Insane asylums in Bengal annual reports 1876-1887 - 1876-1887
Year: 1876
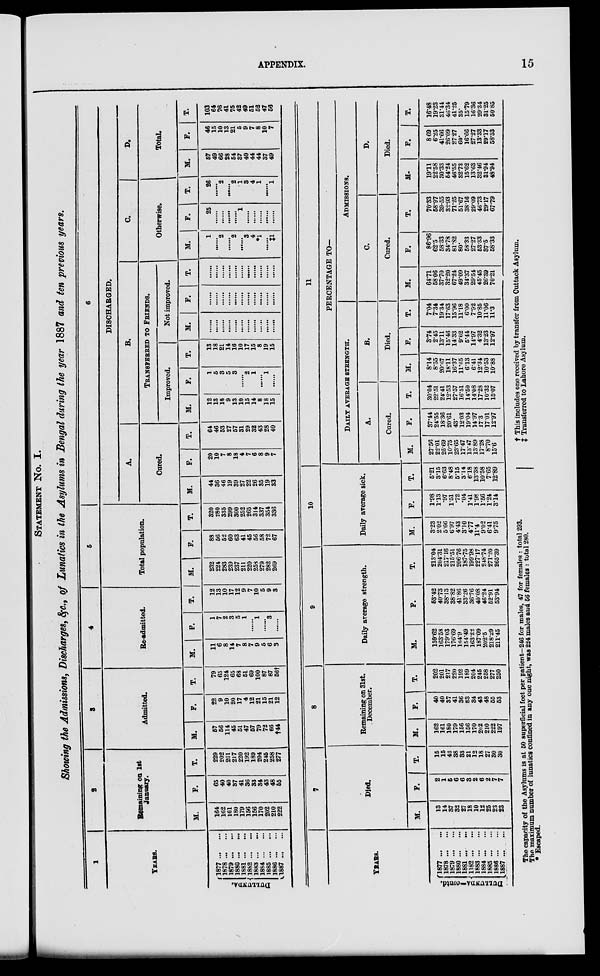
APPENDIX.
15
STATEMENT No. I.
Showing the Admissions, Discharges, &c., of Lunatics in the Asylums in Bengal during the year 1887 and ten previous years.
1
YEARS.
DUL L UNDA.
1877
...
...
1878 ... ...
1879 ...
...
1880 ... ...
1881 ... ...
1882 ... ...
1883
...
...
1884 ... ...
1885 ... ...
1886 ... ...
1887
...
...
2
Remaining on 1st
January.
M.
164
162
161
180
179
156
156
170
202
210
222
F.
65
40
40
37
41
36
33
34
43
48
55
T.
229
202
201
217
220
192
189
204
245
258
277
3
Admitted.
M.
57
56
114
45
51
47
57
79
72
66
†44
F.
22
9
10
20
17
4
12
21
15
21
12
T.
79
65
124
65
68
51
69
100
87
87
56†
4
Re-admitted.
M.
11
6
8
14
7
8
7
9
5
6
3
F.
1
7
2
3
5
1
......
1
......
3
......
T.
12
13
10
17
12
9
7
10
5
9
3
5
Total population.
M.
232
224
283
239
237
211
220
258
279
282
269
F.
88
56
52
60
63
41
45
56
58
72
67
T.
320
280
335
299
300
252
265
314
337
354
336
6
DISCHARGED.
A.
Cured.
M.
44
36
46
19
39
27
22
26
35
19
33
F.
20
10
7
8
18
4
7
6
8
9
7
T.
64
46
53
27
57
31
29
32
43
28
40
B.
TRANSFERRED TO FRIENDS.
Improved.
M.
12
13
18
9
13
10
15
14
8
18
15
F.
1
5
3
5
3
......
2
1
......
1
......
T.
13
18
21
14
16
10
17
15
8
19
15
Not improved.
M.
......
......
......
......
......
......
......
......
.
......
......
F.
......
......
......
......
......
......
......
......
......
......
......
T.
......
......
......
......
......
......
......
......
......
......
......
C.
Otherwise.
M.
1
......
2
......
2
......
3
4
*1
......
‡1
F.
25
......
......
......
......
1
......
......
......
......
......
T.
26
......
2
......
2
1
3
4
1
......
1
D.
Total.
M.
57
49
66
23
54
37
40
44
44
37
49
F.
46
15
10
13
21
5
9
7
8
10
7
T.
103
64
76
41
75
42
49
51
52
47
56
YEARS.
DULLUNDA—contd.
1877 ... ...
1878 ... ...
1878
...
...
1879
...
...
1880
...
...
1881
...
...
1882
...
...
1883
...
...
1884 ... ...
1885
...
...
1886 ...
...
7
Died.
M.
13
14
37
32
27
18
10
12
25
23
23
F.
2
1
5
6
6
3
2
6
2
7
7
T .
15
15
42
38
33
21
12
18
27
30
30
8
Remaining on 31st
December.
M.
162
161
180
179
156
156
170
202
210
222
197
F.
40
40
37
41
36
33
34
43
48
55
53
T.
202
201
217
220
192
189
204
245
258
277
250
9
Daily average strength.
M.
159.62
163.58
179.03
176.69
164.9
154.49
163.22
187.09
202.5
218.29
211.45
F.
53.42
40.73
38.13
38.82
41.86
33.26
36.76
4008
46.24
52.91
53.94
T.
213.04
204.31
217.16
215.51
206.76
187.75
199.98
227.17
248.74
271.20
265.39
10
Daily average tick.
M.
3.23
2.02
5.66
6.97
4.43
3.10
4.77
11.4
9.02
6.41
9.75
F.
1.98
1.13
.97
1.51
.72
.04
1.41
1.98
1.56
1.24
3.14
T.
5.21
3.15
6.63
8.48
5.15
3.14
6.18
13.38
10.58
7.65
12.89
11
PERCENTAGE TO—
DAILY AVERAGE STRENGTH.
A.
Cured.
M.
27.56
22.01
25.69
10.75
23.65
17.47
13.47
13.89
17.28
8.70
15.6
F.
37.44
24.55
18.36
20.61
43.
12.03
19.04
14.97
17.3
17.01
12.97
T.
30.04
22.51
24.41
12.53
27.57
16.51
14.50
14.08
17.28
10.32
15.07
B.
Died.
M.
8.14
8.55
20.67
18.11
16.37
11.65
6.13
6.41
12.34
10.53
10.88
F.
3.74
2.45
13.11
15.46
14.33
9.02
5.44
14.97
4.32
13.23
12.97
T.
7.04
7.34
19.34
17.63
15.96
1118
6.00
7.92
10.85
11.06
11.3
ADMISSIONS.
C.
Cured.
M.
64.71
58.06
37.70
32.20
67.24
49.09
34.37
29.54
45.45
26.39
70.21
F.
86.96
62.5
58.33
34.78
81.82
80.
58.33
27.27
53.33
37.5
58.33
T.
70.33
58.97
39.55
32.93
71.25
51.67
38.16
29.09
46.73
29.17
67.79
D.
Died.
M.
19.11
22.58
30.33
54.24
46.55
32.73
15.62
13.63
32.46
31.94
48.94
F.
8.69
6.25
41.66
26.09
27.27
60.
16.66
27.27
13.33
29.17
58.33
T.
16.48
19.23
31.44
46.34
41.25
35.
15.79
16.36
29.34
31.25
50.85
The capacity of the Asylums is at 50 superficial feet per patient—246 for males, 47 for females : total 293.
The maximum number of lunatics confined in any one night, was 224 males and 56 females : total 280.
* Escaped.
† This includes one received by transfer from Cuttack Asylum.
‡ Transferred to Lahore Asylum.